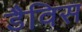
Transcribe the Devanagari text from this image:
डैविस